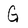
Character: G